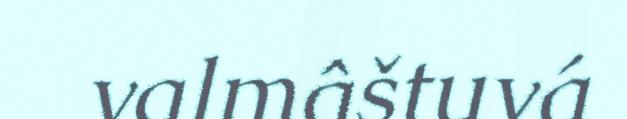
valmâštuvá